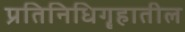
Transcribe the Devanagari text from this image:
प्रतिनिधिगॄहातील